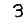
Digit: 3